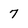
Character: 7